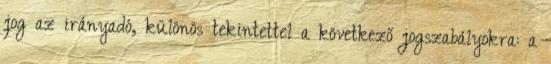
jog az irányadó, különös tekintettel a következő jogszabályokra: a